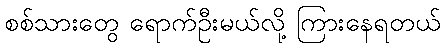
စစ်သားတွေ ရောက်ဦးမယ်လို့ ကြားနေရတယ်